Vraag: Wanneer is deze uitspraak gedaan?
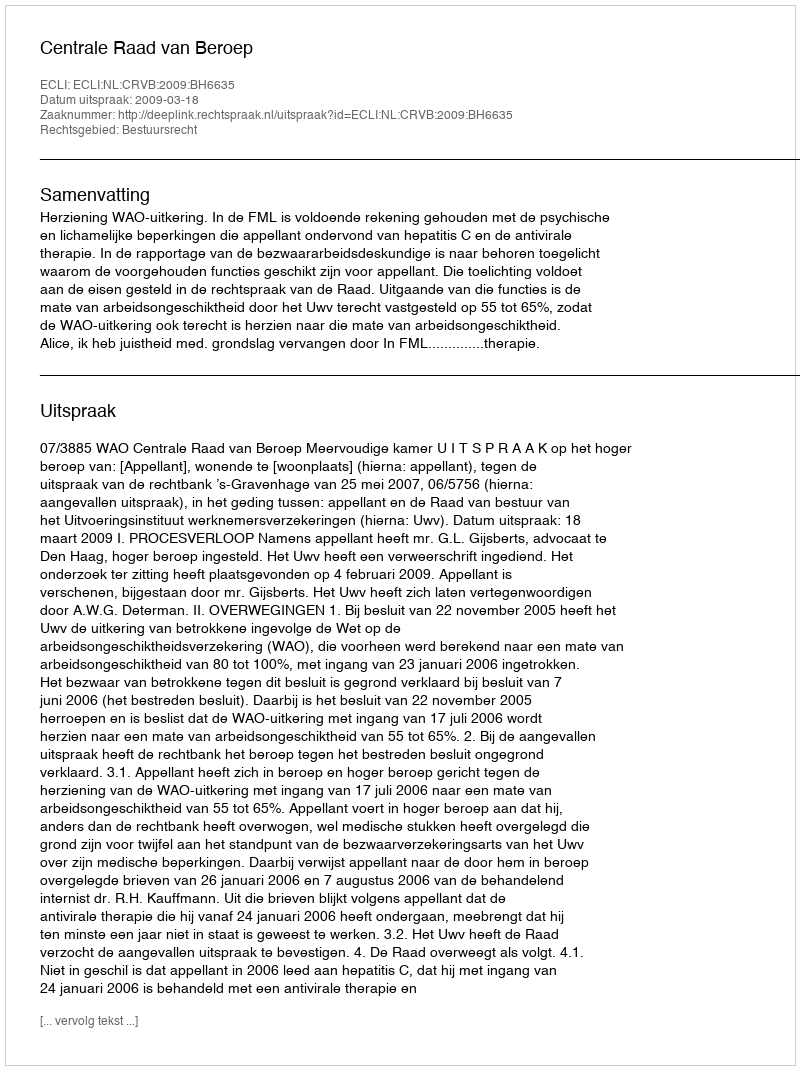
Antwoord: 2009-03-18